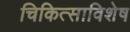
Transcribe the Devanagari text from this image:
चिकित्साविशेष